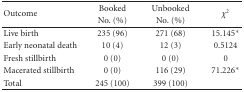
| <ROWSPAN=2> Outcome | Booked | Unbooked | <ROWSPAN=2> χ2 |
 | No. (%) | No. (%) |
 | --- | --- | --- | --- |
 | Live birth | 235 (96) | 271 (68) | 15.145* |
 | Early neonatal death | 10 (4) | 12 (3) | 0.5124 |
 | Fresh stillbirth | 0 (0) | 0 (0) | 0 |
 | Macerated stillbirth | 0 (0) | 116 (29) | 71.226* |
 | Total | 245 (100) | 399 (100) |  |